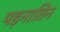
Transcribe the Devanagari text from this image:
पड़नातिन